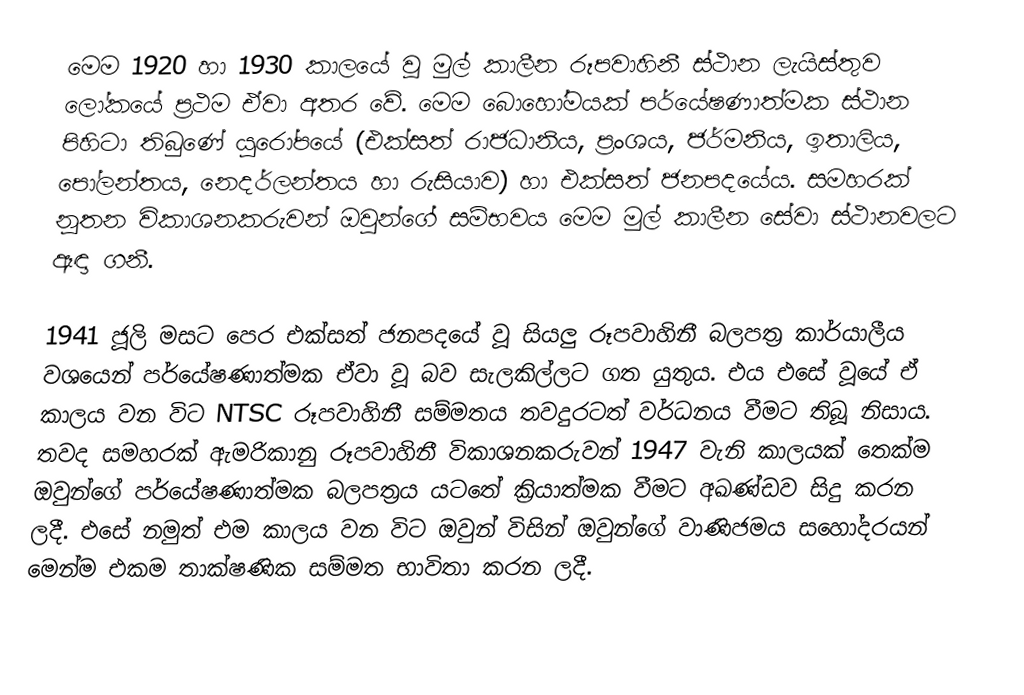
මෙම 1920 හා 1930 කාලයේ වූ මුල් කාලීන රූපවාහිනී ස්ථාන ලැයිස්තුව ලෝකයේ ප්‍රථම ඒවා අතර වේ. මෙම බොහෝමයක් පර්යේෂණාත්මක ස්ථාන පිහිටා තිබුණේ යුරෝපයේ (එක්සත් රාජධානිය, ප්‍රංශය, ජර්මනිය, ඉතාලිය, පෝලන්තය, නෙදර්ලන්තය හා රුසියාව) හා එක්සත් ජනපදයේය. සමහරක් නූතන විකාශනකරුවන් ඔවුන්ගේ සම්භවය මෙම මුල් කාලීන සේවා ස්ථානවලට ඈඳා ගනී.

1941 ජූලි මසට පෙර එක්සත් ජනපදයේ වූ සියලු රූපවාහිනී බලපත්‍ර කාර්යාලීය වශයෙන් පර්යේෂණාත්මක ඒවා වූ බව සැලකිල්ලට ගත යුතුය. එය එසේ වූයේ ඒ කාලය වන විට NTSC රූපවාහිනී සම්මතය තවදුරටත් වර්ධනය වීමට තිබූ නිසාය. තවද සමහරක් ඇමරිකානු රූපවාහිනී විකාශනකරුවන් 1947 වැනි කාලයක් තෙක්ම ඔවුන්ගේ පර්යේෂණාත්මක බලපත්‍රය යටතේ ක්‍රියාත්මක වීමට අඛණ්ඩව සිදු කරන ලදී. එසේ නමුත් එම කාලය වන විට ඔවුන් විසින් ඔවුන්ගේ වාණිජමය සහෝදරයන් මෙන්ම එකම තාක්ෂණික සම්මත භාවිතා කරන ලදී.